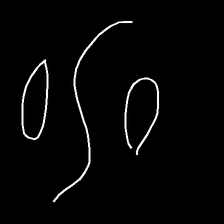
Glyph: water